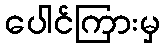
ပေါင်ကြားမှ